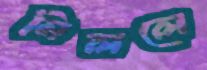
মিললে